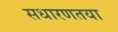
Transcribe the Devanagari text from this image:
सधारणतया